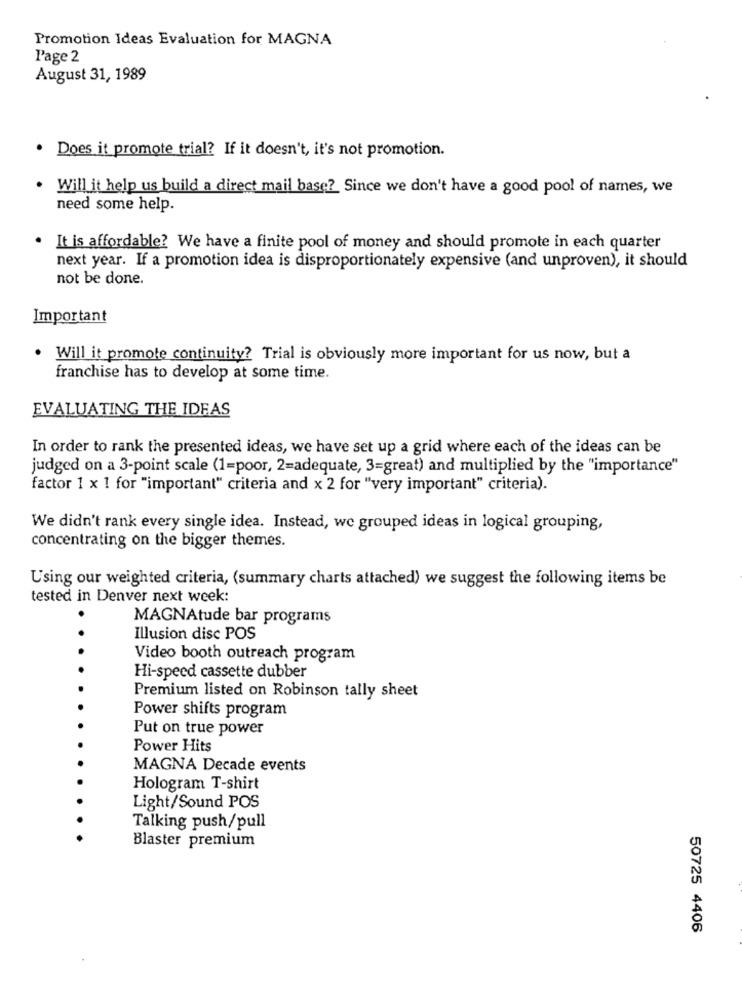
Promotion Ideas Evaluation for MAGNA
Page 2
August 31, 1989
. Does it promote trial? If it doesn't, it's not promotion.
Will it help us build a direct mail base? Since we don't have a good pool of names, we
need some help.
. It is affordable? We have a finite pool of money and should promote in each quarter
next year. If a promotion idea is disproportionately expensive (and unproven), it should
not be done.
Important
Will it promote continuity? Trial is obviously more important for us now, but a
franchise has to develop at some time.
EVALUATING THE IDEAS
In order to rank the presented ideas, we have set up a grid where each of the ideas can be
judged on a 3-point scale (1=poor, 2=adequate, 3=great) and multiplied by the "importance"
factor 1 x 1 for "important" criteria and x 2 for "very important" criteria).
We didn't rank every single idea. Instead, we grouped ideas in logical grouping,
concentrating on the bigger themes.
Using our weighted criteria, (summary charts attached) we suggest the following items be
tested in Denver next week:
MAGNAtude bar programs
Illusion disc POS
Video booth outreach program
Hi-speed cassette dubber
Premium listed on Robinson tally sheet
Power shifts program
Put on true power
Power Hits
MAGNA Decade events
Hologram T-shirt
Light/Sound POS
Talking push/pull
Blaster premium
50725 4406